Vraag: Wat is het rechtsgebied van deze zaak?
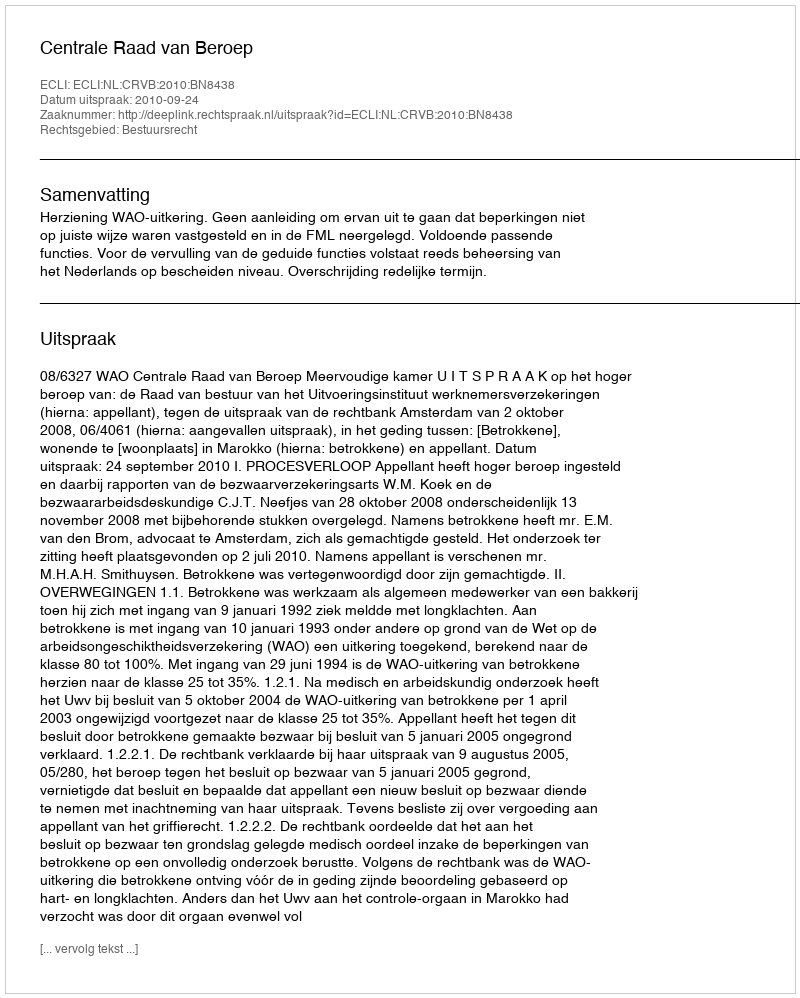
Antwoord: Bestuursrecht